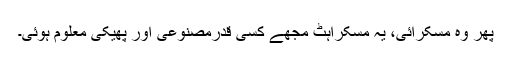
پھر وہ مسکرائی، یہ مسکراہٹ مجھے کسی قدرمصنوعی اور پھیکی معلوم ہُوئی۔